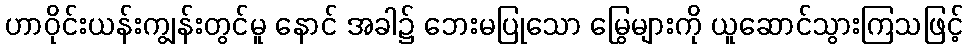
ဟာဝိုင်းယန်းကျွန်းတွင်မူ နောင် အခါ၌ ဘေးမပြုသော မြွေများကို ယူဆောင်သွားကြသဖြင့်